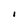
Character: I